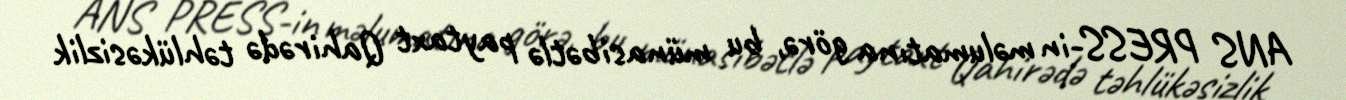
ANS PRESS-in məlumatına görə, bu münasibətlə paytaxt Qahirədə təhlükəsizlik